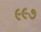
૯૯૭